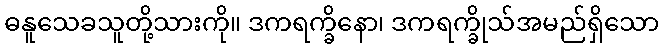
ဓနူသေခသူတို့သားကို။ ဒကရက္ခိနော၊ ဒကရက္ခိုသ်အမည်ရှိသော